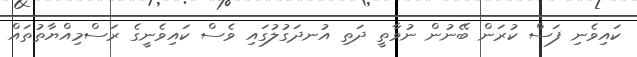
ކައިވެނި ފަސް ކުރަން ބޭނުން ނުވާތީ ދަތި އުނދަގުލުގައި ވެސް ކައިވެނީގެ ރަސްމިއްޔާތުތައް